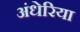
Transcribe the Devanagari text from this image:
अंधेरिया